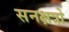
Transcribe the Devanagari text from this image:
सनक्षत्रो